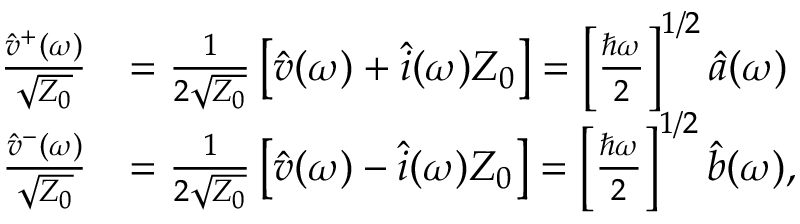
\begin{array} { r l } { \frac { \hat { v } ^ { + } ( \omega ) } { \sqrt { Z _ { 0 } } } } & { = \frac { 1 } { 2 \sqrt { Z _ { 0 } } } \left[ \hat { v } ( \omega ) + \hat { i } ( \omega ) Z _ { 0 } \right] = \left[ \frac { \hbar \omega } { 2 } \right] ^ { 1 / 2 } \hat { a } ( \omega ) } \\ { \frac { \hat { v } ^ { - } ( \omega ) } { \sqrt { Z _ { 0 } } } } & { = \frac { 1 } { 2 \sqrt { Z _ { 0 } } } \left[ \hat { v } ( \omega ) - \hat { i } ( \omega ) Z _ { 0 } \right] = \left[ \frac { \hbar \omega } { 2 } \right] ^ { 1 / 2 } \hat { b } ( \omega ) , } \end{array}